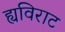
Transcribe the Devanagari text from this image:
ह्यविराट